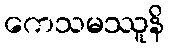
ကေသမဿူနိ